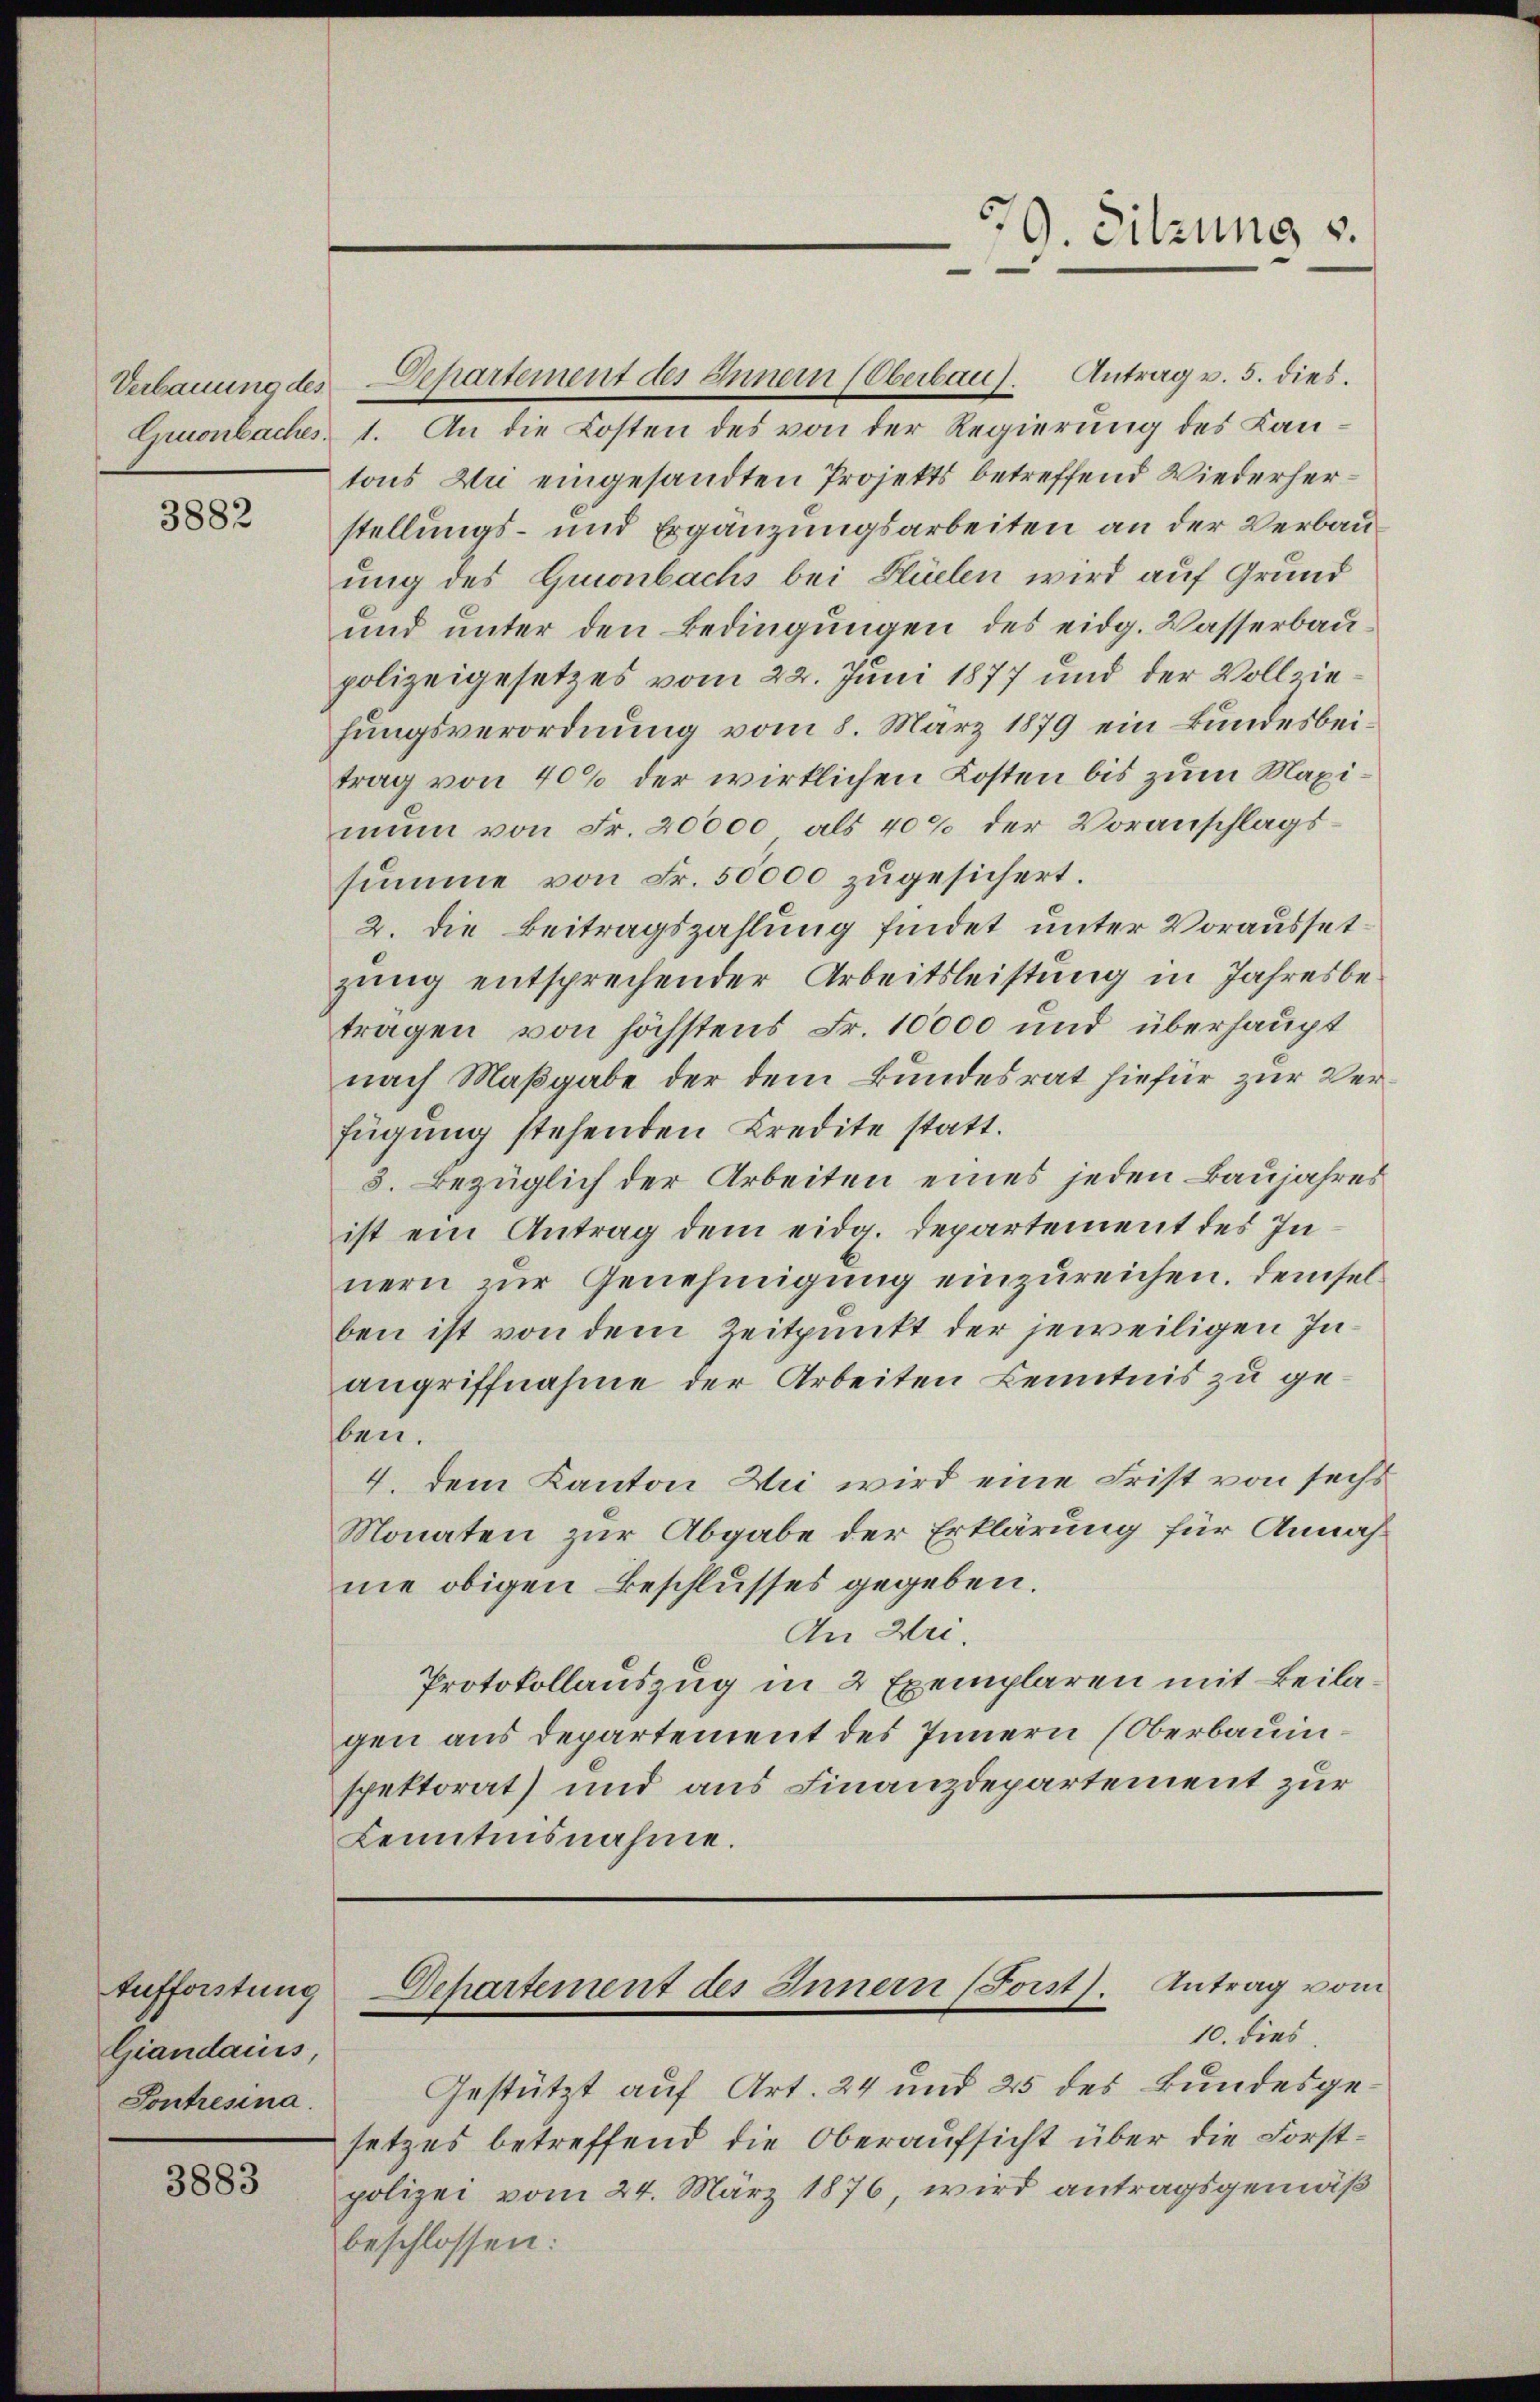
3882

Aufforstung
Giandauss,
Sontresina.

3883

Verbauung des Departement des Innern (Oberbau. Antrag v. 5. dies
Cnuonbaches. 1. An die Kosten des von der Regierung des Kantons Du eingesandten Projekts betreffend Wiederherstellungs- und Ergänzungsarbeiten an der Verbauung des Grionbachs bei Flüelen wird auf Grund
und unter den Bedingungen des eidg. Wasserbaupolizeigesetzes vom 22. Juni 1877 und der Vollziehungsverordnung vom 8. März 1879 ein Bundesbeitrag von 40% der wirklichen Kosten bis zum Maximun von Fr. 20000 als 40% der Voranschlagssumme von Fr. 50000 zugesichert.
2. Die Beitragszahlung findet unter Voraussetzung entsprechender Arbeitsleistung in Jahresbetragen von höchstens Fr. 10000 und überhaupt
nach Maßgabe der dem Bundesrat hiefür zur Verfügung stehenden Credite statt.
8. Bezüglich der Arbeiten eines jeden Baujahres
ist ein Antrag dem eidg. Departement des Innern zur Genehmigung einzureichen. Demselben ist von dem Zeitpunkt der jeweiligen Inangriffnahme der Arbeiten Kenntnis zu gelau.
4. dem Kanton Bei wird eine Frist von sechs
Monaten zur Abgabe der Erklärung für Annahne obigen Beschlusses gegeben.
An Wei¬
Protokollauszug in 2 Exemplaren mit Beilagen aus Departement des Innern (Oberbauinspektorat) und aus Finanzdepartement zur
Lenntnisnahme.

79. Sitzung v.
—

Gestützt auf Art. 24 und 25 des Bundesgesetzes betreffend die Oberaufsicht über die Forstpolizei vom 24. März 1876, wird antragsgemäß
beschlossen:

Departement des Innern (Forst. Antrag vom
10. dies